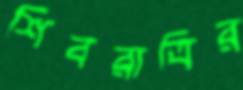
শিবরাত্রির